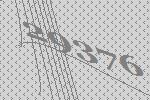
29376